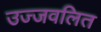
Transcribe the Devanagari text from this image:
उज्जवलित